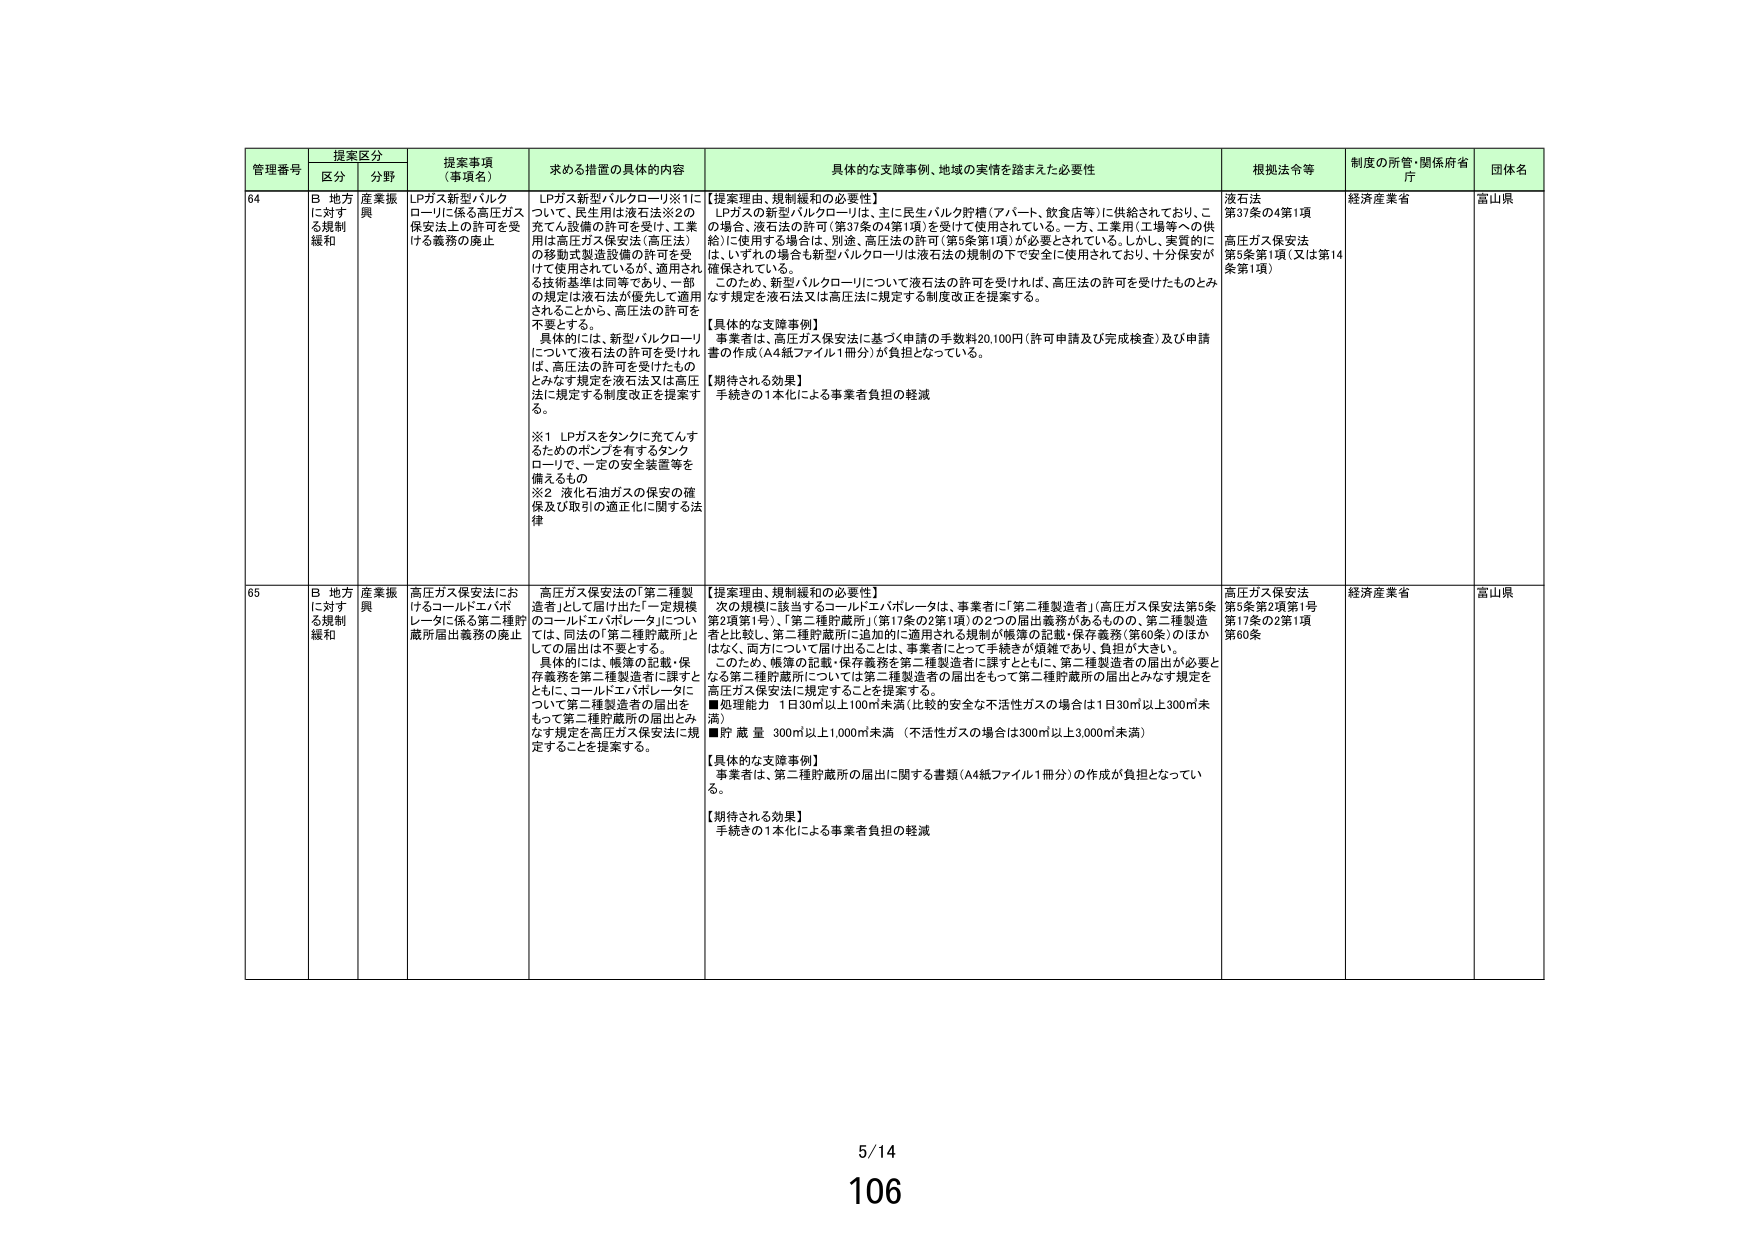
管理番号 提案区分 提案事項（事項名） 求める措置の具体的内容 具体的な支援事例、地域の実情を踏まえた必要性 根拠法令等 制度の所管・関係府省庁 団体名
区分 分野
64 B 地方に対する規制緩和 産業振興 LPガス新型バルクローリに係る高圧ガス保安法上の許可を受ける義務の廃止 LPガス新型バルクローリ※1について、民生用は液石法※2の充てん設備の許可を受け、工業用は高圧ガス保安法（高圧法）の移動式製造設備の許可を受けて使用されているが、適用される技術基準は同等であり、一部の規定は液石法が優先して適用されるところから、高圧法の許可を不要とする。 具体的には、新型バルクローリについて液石法の許可を受けれは、高圧法の許可を受けたものとみなす規定を液石法又は高圧法に規定する制度改正を提案する。 ※1 LPガスをタンクに充てんするためのポンプを有するタンクローリで、一定の安全装置等を備えるもの ※2 液化石油ガスの保安の確保及び取引の適正化に関する法律 【提案理由、規制緩和の必要性】 LPガスの新型バルクローリは、主に民生バルク貯槽（アパート、飲食店等）に供給されており、この場合、液石法の許可（第37条の4第1項）を受けて使用されている。一方、工業用（工場等への供給）に使用する場合は、別途、高圧法の許可（第5条第1項）が必要とされている。しかし、実質的には、いずれの場合も新型バルクローリは液石法の規制の下で安全に使用されており、十分保安が確保されている。 このため、新型バルクローリについて液石法の許可を受ければ、高圧法の許可を受けたものとみなす規定を液石法又は高圧法に規定する制度改正を提案する。 【具体的な支援事例】 事業者は、高圧ガス保安法に基づく申請の手数料20,100円（許可申請及び完成検査）及び申請書の作成（A4紙ファイル1冊分）が負担となっている。 【期待される効果】 手続きの1本化による事業者負担の軽減 液石法 第37条の4第1項 高圧ガス保安法 第5条第1項（又は第14条第1項） 経済産業省 富山県
65 B 地方に対する規制緩和 産業振興 高圧ガス保安法におけるコールドエバポレータに係る第二種貯蔵所届出義務の廃止 高圧ガス保安法の「第二種製造者」として届け出た「一定規模のコールドエバポレータ」については、同法の「第二種貯蔵所」としての届出は不要とする。 具体的には、帳簿の記載・保存義務を第二種製造者に課すとともに、コールドエバポレータについて第二種製造者の届出をもって第二種貯蔵所の届出とみなす規定を高圧ガス保安法に規定することを提案する。 【提案理由、規制緩和の必要性】 次の規模に該当するコールドエバポレータは、事業者に「第二種製造者」（高圧ガス保安法第5条第2項第1号）、「第二種貯蔵所」（第17条の2第1項）の2つの届出義務があるものの、第二種製造者と比較し、第二種貯蔵所に追加的に適用される規制が帳簿の記載・保存義務（第60条）のほかはなく、両方について届け出ることは、事業者にとって手続きが煩雑であり、負担が大きい。 このため、帳簿の記載・保存義務を第二種製造者に課すとともに、第二種製造者の届出が必要となる第二種貯蔵所については第二種製造者の届出をもって第二種貯蔵所の届出とみなす規定を高圧ガス保安法に規定することを提案する。 ■処理能力 1日30㎥以上100㎥未満（比較的安全な不活性ガスの場合は1日30㎥以上300㎥未満） ■貯蔵量 300㎥以上1,000㎥未満（不活性ガスの場合は300㎥以上3,000㎥未満） 【具体的な支援事例】 事業者は、第二種貯蔵所の届出に関する書類（A4紙ファイル1冊分）の作成が負担となっている。 【期待される効果】 手続きの1本化による事業者負担の軽減 高圧ガス保安法 第5条第2項第1号 第17条の2第1項 第60条 経済産業省 富山県
5/14
106